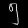
Digit: ၅